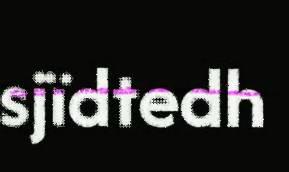
sjïdtedh